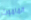
الماموث